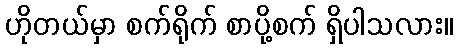
ဟိုတယ်မှာ စက်ရိုက် စာပို့စက် ရှိပါသလား။